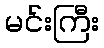
မင်းကြီး